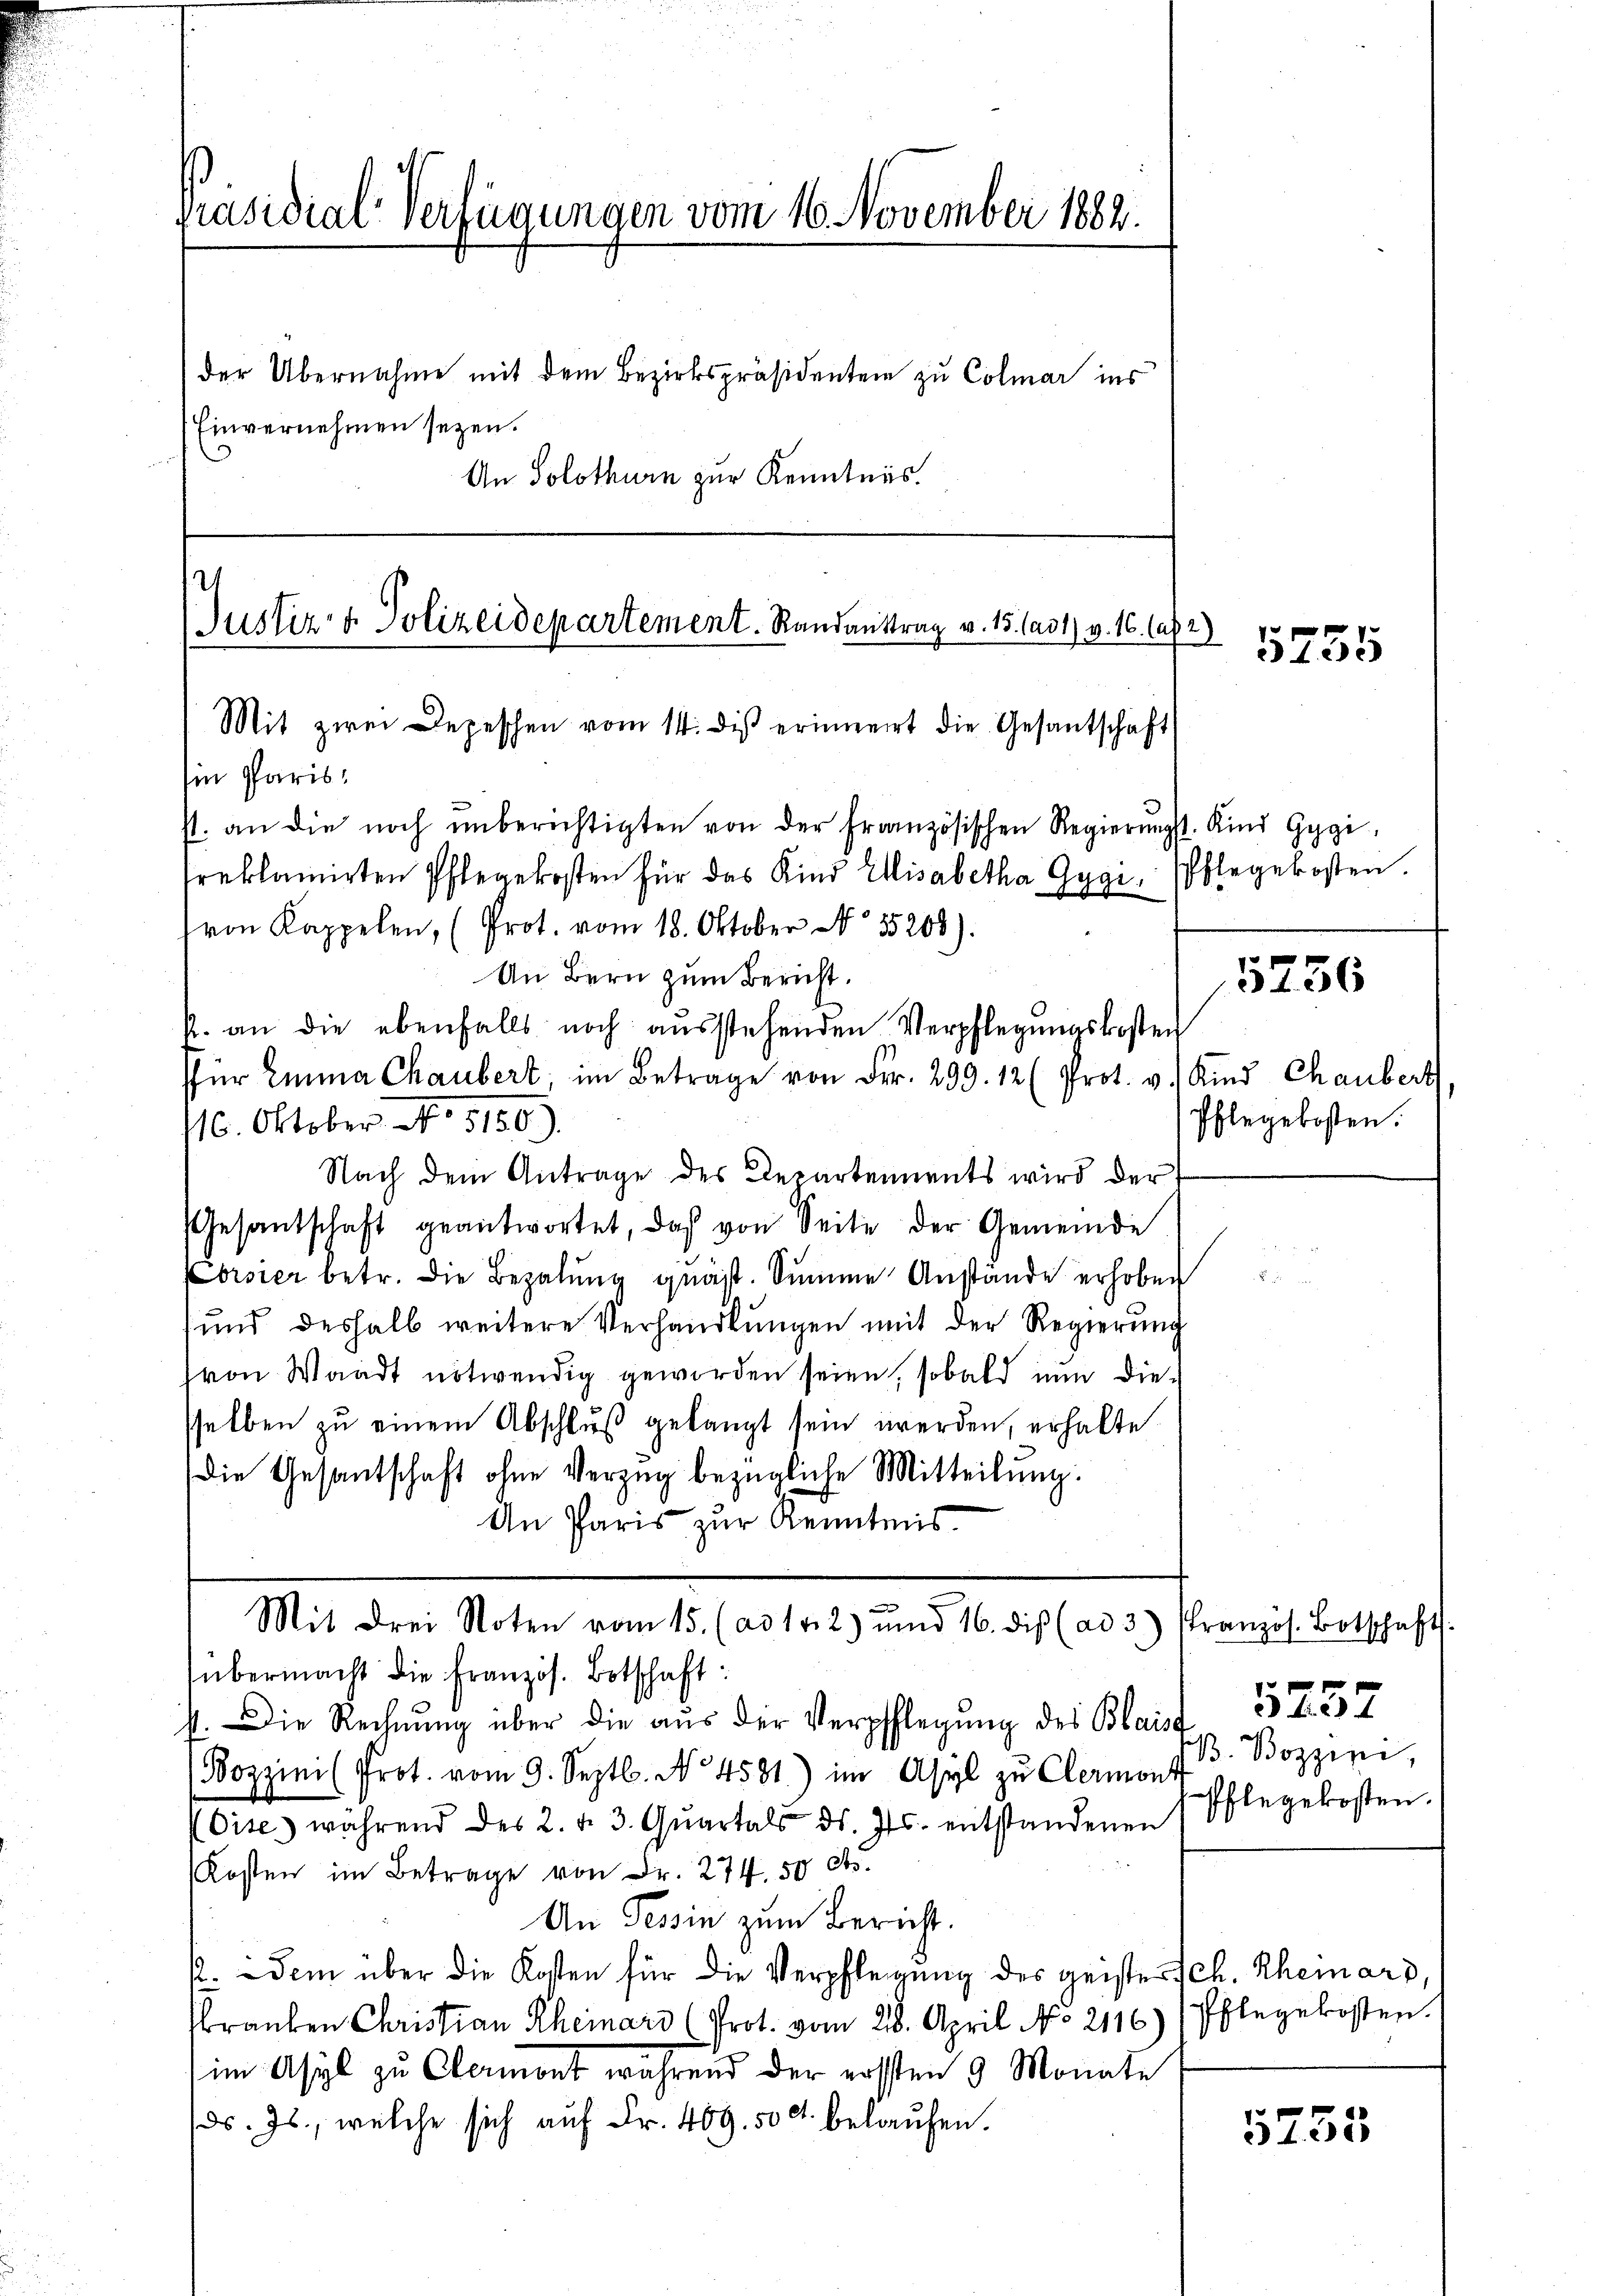
präsidial-Verfügungen vom 16. November 1882.

Einvernehmen seyen.
An Solothurn zur Kenntnis.

Ein Paris
st. an die noch unberichtigten von der französischen Regierŭngst. Kind Gygi
sreklamirten Pflegekosten für das Kind Elisabetha Gygi, Pflegekosten.
von Kappelen, (Prot. vom 18. Oktober No 15208).
An Bern zum Bericht.
f. an die ebenfalls noch ausstehenden Verpflegungskosten
ffür Emma Chaubert im Betrage von Fr. 299. 12 (Prot. v. Kind Chaubert
16. Oktober No 5150.
Nach dem Antrage des Departements wird der
Gesantschaft geantwortet, daß von Seite der Gemeinde
Corsier betr. die Bezalŭng quäst. Summe Anstände erhoben
und deshalb weitere Verhandlŭngen mit der Regierung
von Waadt notwendig geworden seien, sobald nun diesselben zu einem Abschlŭβ gelangt sein werden, erhalte
die Gesantschaft ohne Verzug bezügliche Mitteilung.
An Paris zur Kenntnis

Justiz- & Polizeidepartement. Randantrag v. 15. (ad1) v. 16. las 2)
Mit zwei Depeschen vom 14. dis erinnert die Gesantschaft

der Übernahme mit dem Bezirksspräsidenten zu Colmar ins

Mit drei Noten vom 15. (ad 1. 2) und 16. di (ad 3.) Französ. Botschaft.

übermacht die französ. Botschaft:
st. Die Rechnung über die aus der Verpflegung des Blaiss
(Bozzini Prot. vom 9. Septb. No 4581) im Asyl zu Clermont
Oise während des 2. d. 3. Qŭartals ds. Js. entstandenen
Kosten im Betrage von Fr. 274. 50 cts.
An Tessin zum Bericht.
k. Dem über die Kosten für die Verpflegung des geistersch. Rheinars,
rauben Christian Rheinars (Prot. vom 28. April No 2116)
(im Asyl zu Clermont während der ersten 9 Monate
ds. Js., welche sich auf Fr. 409. 500 belaufen.

5256
Pflegekosten.

5235

5257
B. Bozziri,
Pflegekosten.

Pflegekosten.

10 x
31. 285